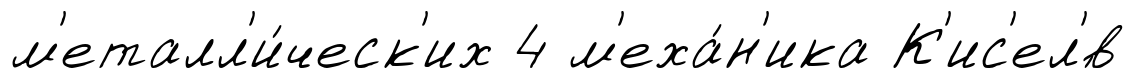
м'еталл'и́ческ'их 4 м'еха́н'ика К'ис'ел'́в